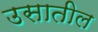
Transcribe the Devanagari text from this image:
उसातील